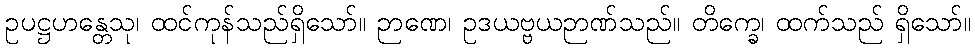
ဥပဋ္ဌဟန္တေသု၊ ထင်ကုန်သည်ရှိသော်။ ဉာဏေ၊ ဥဒယဗ္ဗယဉာဏ်သည်။ တိက္ခေ၊ ထက်သည် ရှိသော်။